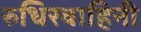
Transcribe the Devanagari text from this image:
रुधिरवाहिनी